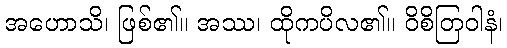
အဟောသိ၊ ဖြစ်၏။ အဿ၊ ထိုကပိလ၏။ ဝိစိတြဝါနံ၊